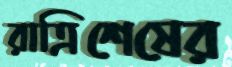
রাত্রিশেষের